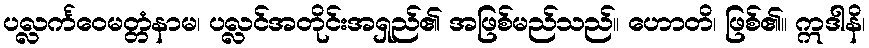
ပလ္လင်္ကဝေမတ္တံနာမ၊ ပလ္လင်အတိုင်းအရှည်၏ အဖြစ်မည်သည်။ ဟောတိ၊ ဖြစ်၏။ ဣဒါနိ၊